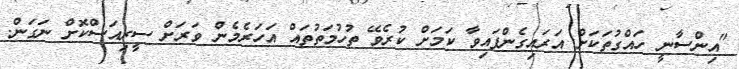
"އިންސާނީ ހައްގުތަކަށް އަރައިގެންފައިވާ ކަމަށް ކުރެވޭ ތުހުމަތުތައް އަހަރެމެން ވަރަށް ސީރިއަސްކޮށް ނަގަން.